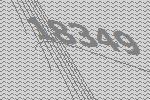
18349